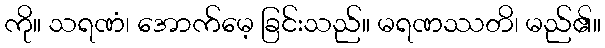
ကို။ သရဏံ၊ အောက်မေ့ ခြင်းသည်။ မရဏဿတိ၊ မည်၏။